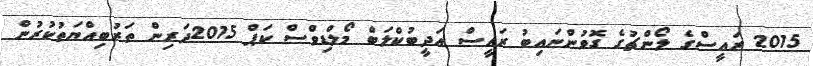
2015 ރައީސްގެ ލޯންޗުގެ ގޮވުންނައިބު ރައީސް އަދީބުކްލަބް މޯލްޑިވްސް ކަޕް 2015ދަރިން ތަރުބިއްޔަތުކުރުން